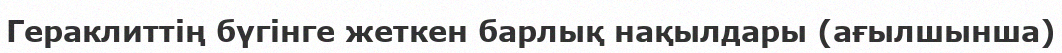
Гераклиттің бүгінге жеткен барлық нақылдары (ағылшынша)